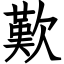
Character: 歎